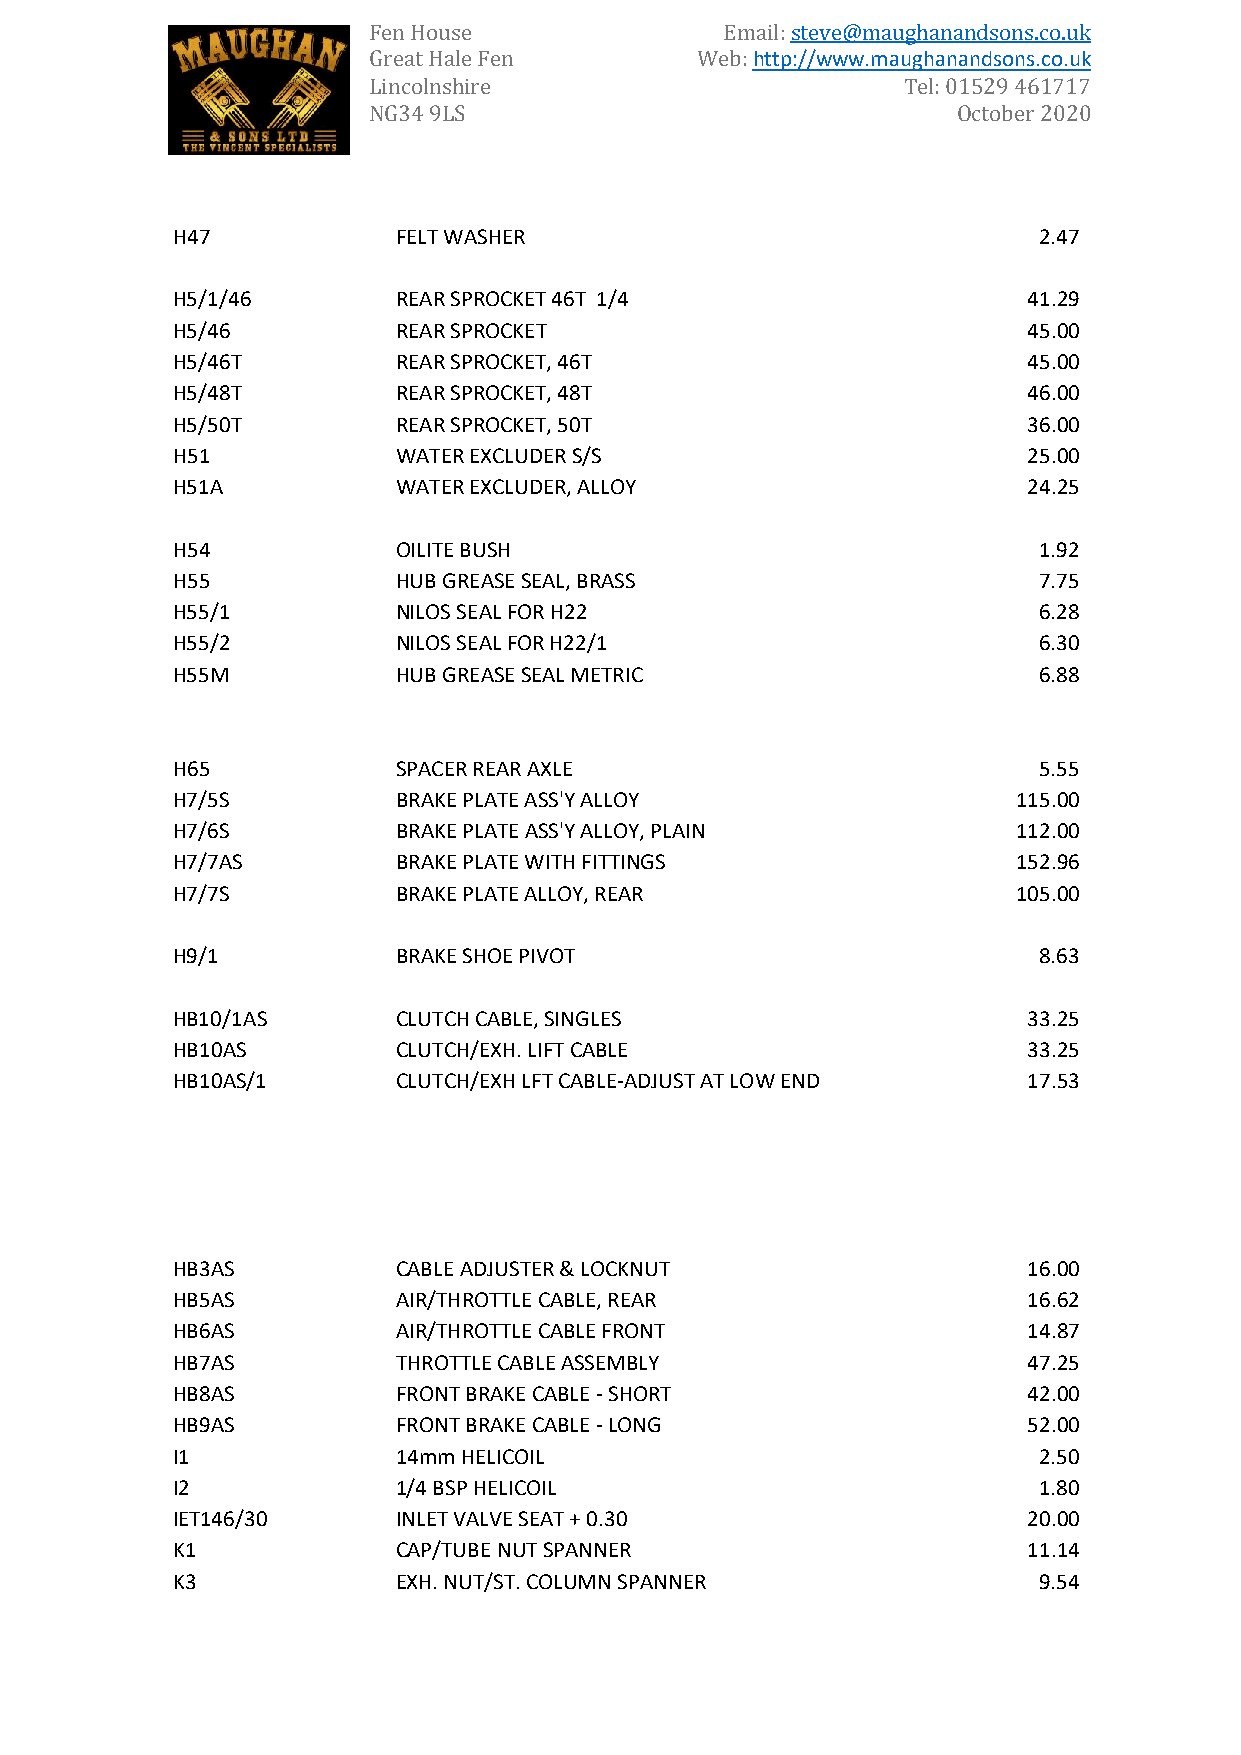
Fen House               Email: steve@maughanandsons.co.uk
 Great Hale Fen        Web: http://www.maughanandsons.co.uk
 Lincolnshire                        Tel: 01529 461717
 NG34 9LS                               October 2020
 H47            FELT WASHER                                2.47
 H5/1/46        REAR SPROCKET 46T 1/4                     41.29
 H5/46          REAR SPROCKET                             45.00
 H5/46T         REAR SPROCKET, 46T                        45.00
 H5/48T         REAR SPROCKET, 48T                        46.00
 H5/50T         REAR SPROCKET, 50T                        36.00
 H51            WATER EXCLUDER S/S                        25.00
 H51A           WATER EXCLUDER, ALLOY                     24.25
 H54            OILITE BUSH                                1.92
 H55            HUB GREASE SEAL, BRASS                     7.75
 H55/1          NILOS SEAL FOR H22                         6.28
 H55/2          NILOS SEAL FOR H22/1                       6.30
 H55M           HUB GREASE SEAL METRIC                     6.88
 H65            SPACER REAR AXLE                           5.55
 H7/5S          BRAKE PLATE ASS'Y ALLOY                  115.00
 H7/6S          BRAKE PLATE ASS'Y ALLOY, PLAIN           112.00
 H7/7AS         BRAKE PLATE WITH FITTINGS                152.96
 H7/7S          BRAKE PLATE ALLOY, REAR                  105.00
 H9/1           BRAKE SHOE PIVOT                           8.63
 HB10/1AS       CLUTCH CABLE, SINGLES                     33.25
 HB10AS         CLUTCH/EXH. LIFT CABLE                    33.25
 HB10AS/1       CLUTCH/EXH LFT CABLE-ADJUST AT LOW END    17.53
 HB3AS          CABLE ADJUSTER & LOCKNUT                  16.00
 HB5AS          AIR/THROTTLE CABLE, REAR                  16.62
 HB6AS          AIR/THROTTLE CABLE FRONT                  14.87
 HB7AS          THROTTLE CABLE ASSEMBLY                   47.25
 HB8AS          FRONT BRAKE CABLE - SHORT                 42.00
 HB9AS          FRONT BRAKE CABLE - LONG                  52.00
 I1             14mm HELICOIL                              2.50
 I2             1/4 BSP HELICOIL                           1.80
 IET146/30      INLET VALVE SEAT + 0.30                   20.00
 K1             CAP/TUBE NUT SPANNER                      11.14
 K3             EXH. NUT/ST. COLUMN SPANNER                9.54